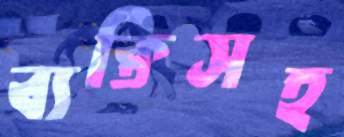
ব্যক্তিসহ